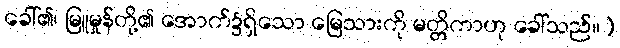
ခေါ်၏၊ မြူမှုန်တို့၏ အောက်၌ရှိသော မြေသားကို မတ္တိကာဟု ခေါ်သည်။)